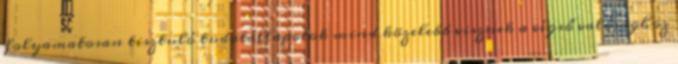
folyamatosan tisztuló tudatállapotok mind közelebb visznek a végső valósághoz